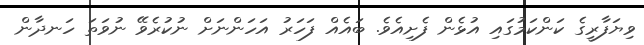
ވިޔަފާރީގެ ކަންކަމުގައި އުޅެން ފެށިއެވެ. ބައެއް ފަހަރު އަހަންނަށް ނުކުރެވޭ ނުވަތަ ހަނދާން